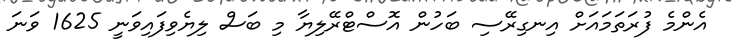
އެންމެ ފުރަތަމައަށް އިނގިރޭސި ބަހުން އޮސްޓްރޭލިޔާ މި ބަސް ލިޔެވިފައިވަނީ 1625 ވަނަ